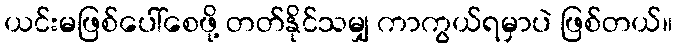
ယင်းမဖြစ်ပေါ်စေဖို့ တတ်နိုင်သမျှ ကာကွယ်ရမှာပဲ ဖြစ်တယ်။